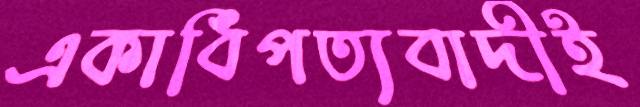
একাধিপত্যবাদীই